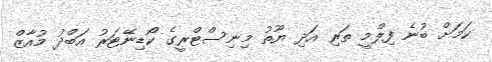
ކަމަށް ބުނެ ފިލްމީ ތަރި އަދި ޔޫތު މިނިސްޓްރީގެ ކޯޑިނޭޓަރު އަބްދު މުއާޒް